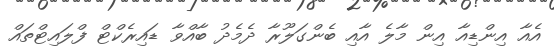
އެއާ އިންޑިއާ އިން މާލެ އާއި ބެންގަލޫރާ ދެމެދު ބާއްވާ ޑައިރެކްޓް ފްލައިޓްތައް